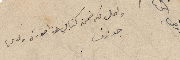
واصل لكم ضمن كتابي هذا صورة ولدي جوزف